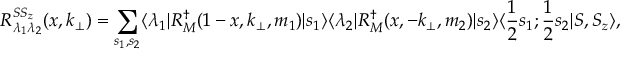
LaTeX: R _ { \lambda _ { 1 } \lambda _ { 2 } } ^ { S S _ { z } } ( x , k _ { \bot } ) = \sum _ { s _ { 1 } , s _ { 2 } } \langle \lambda _ { 1 } | { \cal R } _ { M } ^ { \dagger } ( 1 - x , k _ { \bot } , m _ { 1 } ) | s _ { 1 } \rangle \langle \lambda _ { 2 } | { \cal R } _ { M } ^ { \dagger } ( x , - k _ { \bot } , m _ { 2 } ) | s _ { 2 } \rangle \langle { \frac { 1 } { 2 } } s _ { 1 } ; { \frac { 1 } { 2 } } s _ { 2 } | S , S _ { z } \rangle ,